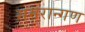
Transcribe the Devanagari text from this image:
समरान्गण